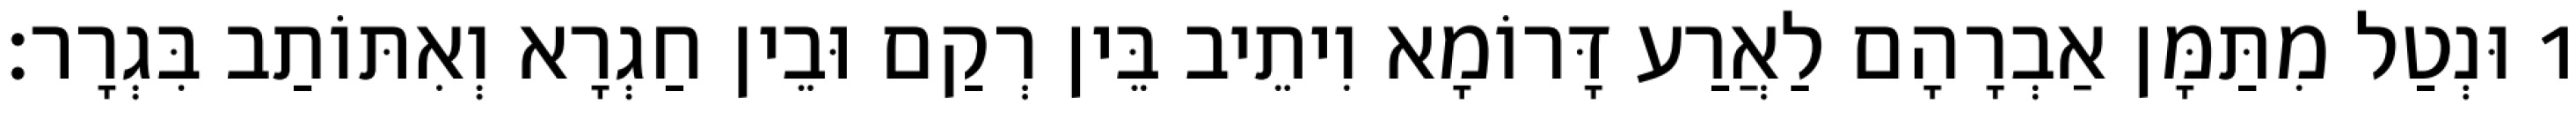
1 וּנְטַל מִתַּמָּן אַבְרָהָם לַאֲרַע דָּרוֹמָא וִיתֵיב בֵּין רְקַם וּבֵין חַגְרָא וְאִתּוֹתַב בִּגְרָר׃